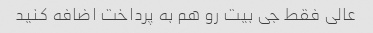
عالی فقط جی بیت رو هم به پرداخت اضافه کنید